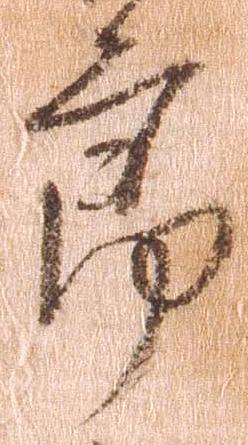
郎